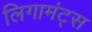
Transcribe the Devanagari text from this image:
लिगामंट्स